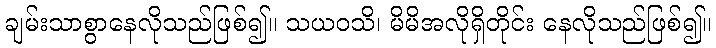
ချမ်းသာစွာနေလိုသည်ဖြစ်၍။ သယဝသိ၊ မိမိအလိုရှိတိုင်း နေလိုသည်ဖြစ်၍။